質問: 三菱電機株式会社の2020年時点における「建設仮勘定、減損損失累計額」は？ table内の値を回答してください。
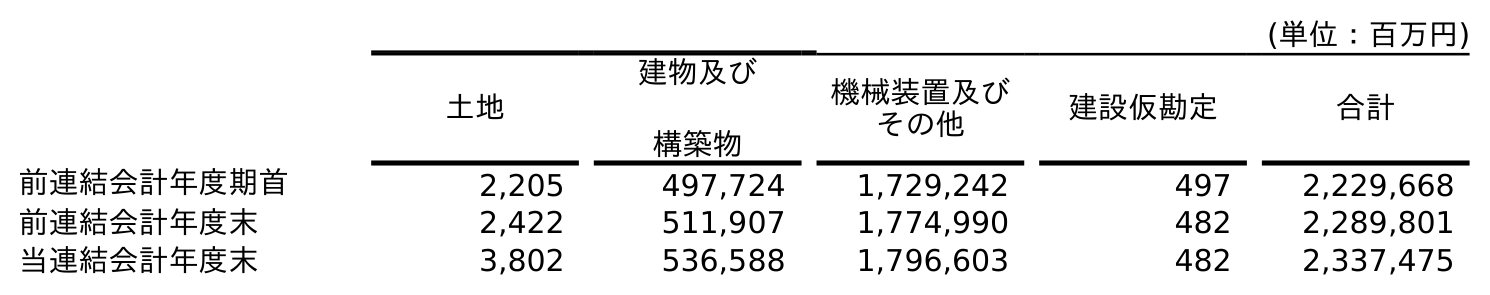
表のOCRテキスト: (単位：百万円) 土地 建物及び 構築物 機械装置及び その他 建設仮勘定 合計 前連結会計年度期首 2,205 497,724 1,729,242 497 2,229,668 前連結会計年度末 2,422 511,907 1,774,990 482 2,289,801 当連結会計年度末 3,802 536,588 1,796,603 482 2,337,475
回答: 482